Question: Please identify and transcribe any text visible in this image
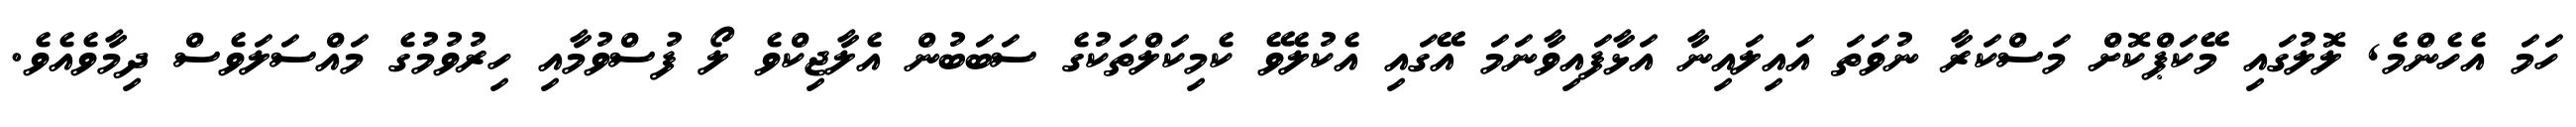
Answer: ހަމަ އެހެންމެ, ލޮލުގައި މޭކަޕްކޮށް މަސްކަރާ ނުވަތަ އައިލައިނާ އަޅާފައިވާނަމަ އޭގައި އެކުލެވޭ ކެމިކަލްތަކުގެ ސަބަބުން އެލާޖިކްވެ ލޯ ފުސްވުމާއި ހިރުވުމުގެ މައްސަލަވެސް ދިމާވެއެވެ.